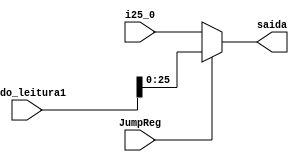
module mux_jumpreg(JumpReg, dado_leitura1, i25_0, saida);
input [25:0] i25_0;
input [31:0] dado_leitura1;
input JumpReg;
output reg [25:0] saida;

always @(JumpReg)
	begin
		if(JumpReg)
			begin
				saida = dado_leitura1[25:0];
			end
		else
			begin
				saida = i25_0;
			end
	end

endmodule